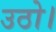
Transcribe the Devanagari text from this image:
उठो।